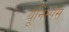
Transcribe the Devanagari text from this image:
यूनिस्पेस